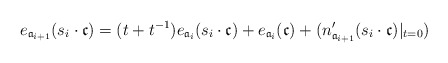
\begin{align*}e_{{\mathfrak{a}_{i+1}}}( s_i \cdot \mathfrak{c})= (t+t^{-1}) e_{ {\mathfrak{a}_i}}( s_i \cdot \mathfrak{c})+ e_{{\mathfrak{a}_i}}( \mathfrak{c}) + (n'_{{\mathfrak{a}_{i+1}}}(s_i \cdot \mathfrak{c})|_{t=0})\end{align*}